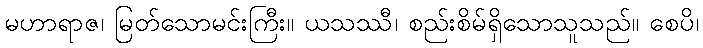
မဟာရာဇ၊ မြတ်သောမင်းကြီး။ ယသဿီ၊ စည်းစိမ်ရှိသောသူသည်။ စေပိ၊